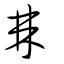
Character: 𣗥